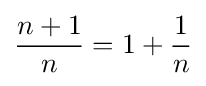
{\frac {n+1}{n}}=1+{\frac {1}{n}}